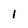
Character: 1